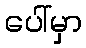
ပေါ်မှာ